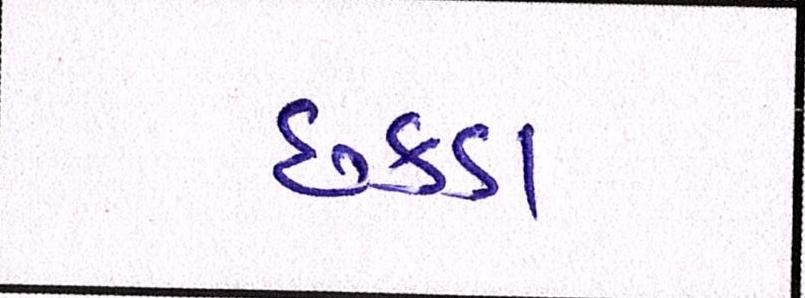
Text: છકડા